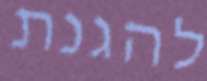
להגנת